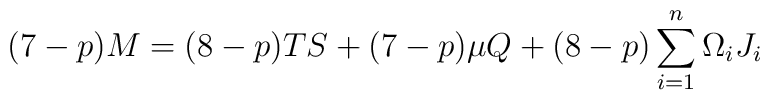
(7-p) M = (8-p) TS + (7-p) \mu  Q + (8-p) \sum_{i=1}^n \Omega_iJ_i